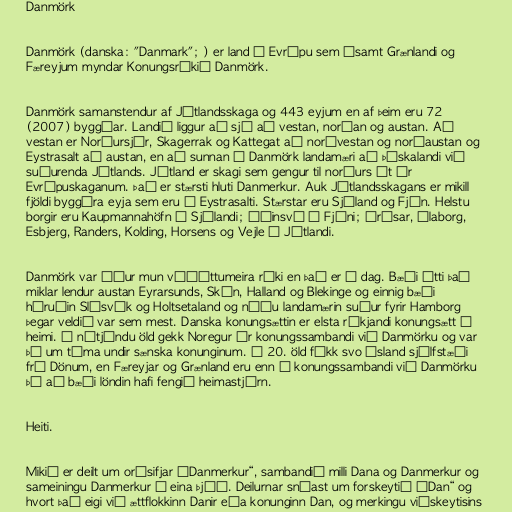
Danmörk

Danmörk (danska: "Danmark"; ) er land í Evrópu sem ásamt Grænlandi og
Færeyjum myndar Konungsríkið Danmörk.

Danmörk samanstendur af Jótlandsskaga og 443 eyjum en af þeim eru 72
(2007) byggðar. Landið liggur að sjó að vestan, norðan og austan. Að
vestan er Norðursjór, Skagerrak og Kattegat að norðvestan og norðaustan og
Eystrasalt að austan, en að sunnan á Danmörk landamæri að Þýskalandi við
suðurenda Jótlands. Jótland er skagi sem gengur til norðurs út úr
Evrópuskaganum. Það er stærsti hluti Danmerkur. Auk Jótlandsskagans er mikill
fjöldi byggðra eyja sem eru í Eystrasalti. Stærstar eru Sjáland og Fjón. Helstu
borgir eru Kaupmannahöfn á Sjálandi; Óðinsvé á Fjóni; Árósar, Álaborg,
Esbjerg, Randers, Kolding, Horsens og Vejle á Jótlandi.

Danmörk var áður mun víðáttumeira ríki en það er í dag. Bæði átti það
miklar lendur austan Eyrarsunds, Skán, Halland og Blekinge og einnig bæði
héruðin Slésvík og Holtsetaland og náðu landamærin suður fyrir Hamborg
þegar veldið var sem mest. Danska konungsættin er elsta ríkjandi konungsætt í
heimi. Á nítjándu öld gekk Noregur úr konungssambandi við Danmörku og var
þá um tíma undir sænska konunginum. Á 20. öld fékk svo Ísland sjálfstæði
frá Dönum, en Færeyjar og Grænland eru enn í konungssambandi við Danmörku
þó að bæði löndin hafi fengið heimastjórn.

Heiti.

Mikið er deilt um orðsifjar „Danmerkur“, sambandið milli Dana og Danmerkur og
sameiningu Danmerkur í eina þjóð. Deilurnar snúast um forskeytið „Dan“ og
hvort það eigi við ættflokkinn Danir eða konunginn Dan, og merkingu viðskeytisins